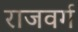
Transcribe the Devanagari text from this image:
राजवर्ग